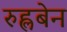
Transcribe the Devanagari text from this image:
रुह्लबेन